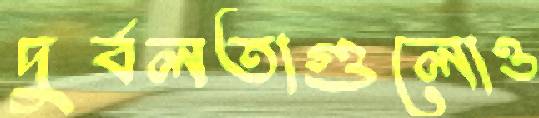
দুর্বলতাগুলোও